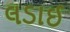
લડાઈ